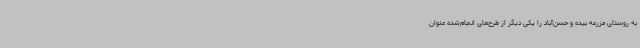
به روستای مزرعه بیده و حسن‌آباد را یکی دیگر از طرح‌های انجام‌شده عنوان